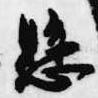
懸